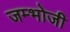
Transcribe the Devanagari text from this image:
जम्भोजी